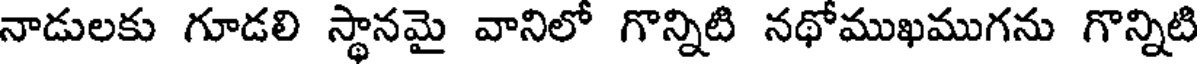
నాడులకు గూడలి స్థానమై వానిలో గొన్నిటి నథోముఖముగను గొన్నిటి